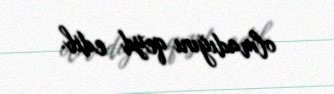
olmadığını qeyd edib.